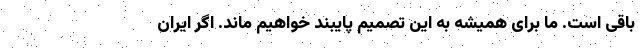
باقی است. ما برای همیشه به این تصمیم پایبند خواهیم ماند. اگر ایران